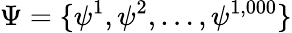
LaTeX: \Psi=\{ \psi^{1},\psi^{2},\dots,\psi^{1,000}\}